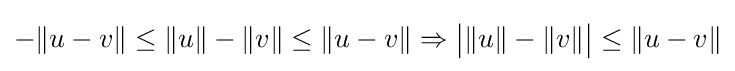
-\|u-v\|\leq \|u\|-\|v\|\leq \|u-v\|\Rightarrow {\big |}\|u\|-\|v\|{\big |}\leq \|u-v\|